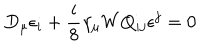
LaTeX: D _ { \mu } \epsilon _ { i } + \frac { i } { 8 } \gamma _ { \mu } W Q _ { i j } \epsilon ^ { j } = 0